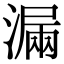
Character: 𣼣